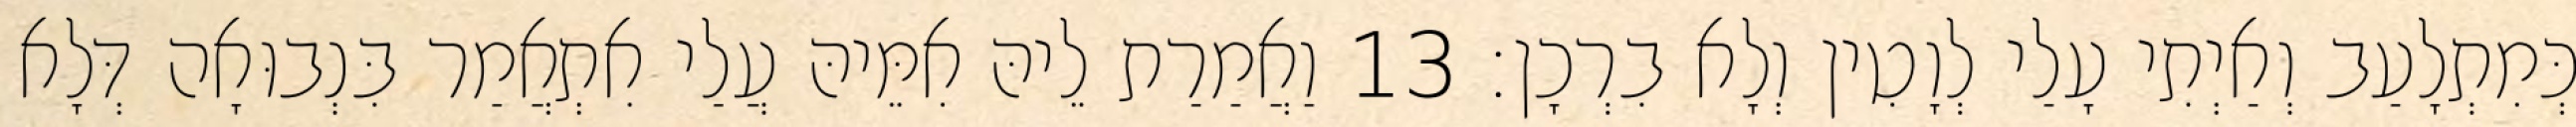
כְּמִתְלָעַב וְאַיְתִי עָלַי לְוָטִין וְלָא בִרְכָן׃ 13 וַאֲמַרַת לֵיהּ אִמֵּיהּ עֲלַי אִתְאֲמַר בִּנְבוּאָה דְּלָא